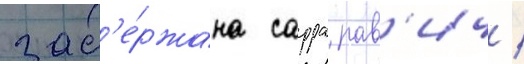
зад'е́ржана сарра рав'ич /